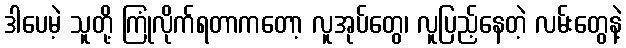
ဒါပေမဲ့ သူတို့ ကြုံလိုက်ရတာကတော့ လူအုပ်တွေ၊ လူပြည့်နေတဲ့ လမ်းတွေနဲ့